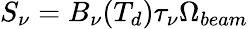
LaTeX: S_{\nu}=B_{\nu}(T_{d})\tau_{\nu}\Omega_{beam}